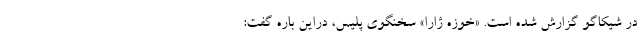
در شیکاگو گزارش شده است. «خوزه ژارا» سخنگوی پلیس، دراین باره گفت: